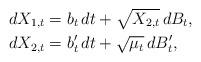
LaTeX: \begin{align*} dX_{1,t} &= b_t\,dt + \sqrt{X_{2,t}}\,dB_t,\\ dX_{2,t} &= b'_t\,dt + \sqrt{\mu_t}\,dB'_t, \end{align*}